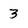
Character: 3